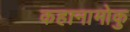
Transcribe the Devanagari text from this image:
कहानामोकु